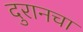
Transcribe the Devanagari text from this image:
दुरानचा